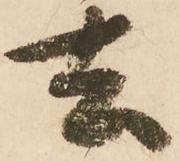
去